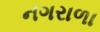
નગરાળા